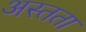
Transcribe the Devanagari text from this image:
अस्तता